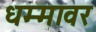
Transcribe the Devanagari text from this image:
धम्मावर